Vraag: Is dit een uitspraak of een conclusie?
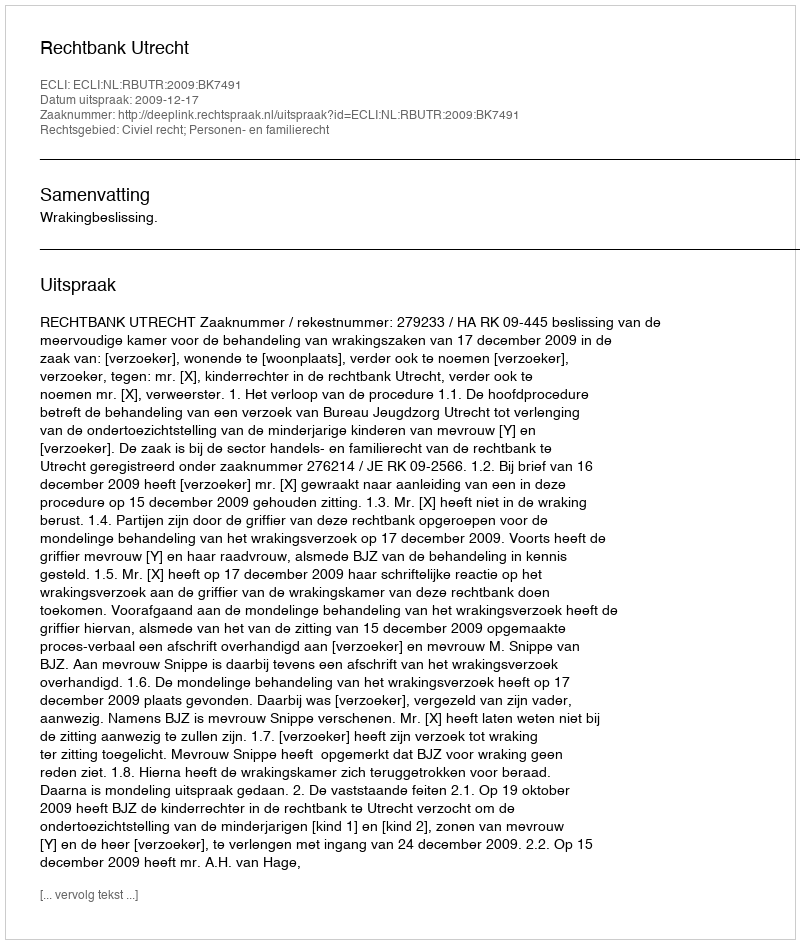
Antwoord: Uitspraak